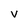
Character: V